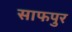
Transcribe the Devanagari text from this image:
साफपुर